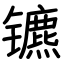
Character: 镳